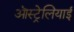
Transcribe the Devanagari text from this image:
ऒस्ट्रेलियाई